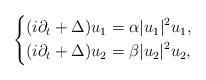
LaTeX: \begin{align*}\left\{\begin{aligned}(i \partial_t +\Delta) u_1 &= \alpha |u_1|^2 u_1 ,\\(i \partial_t +\Delta) u_2&= \beta |u_2|^2 u_2 ,\end{aligned}\right.\end{align*}